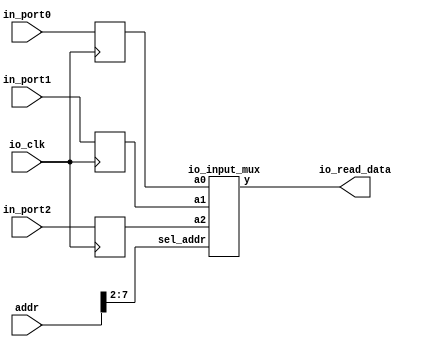
// copied from single cycle computer
module io_input_reg (addr,io_clk,io_read_data,in_port0,in_port1, in_port2);
    input [31:0] addr;
    input io_clk;
    input [31:0] in_port0,in_port1,in_port2;
    output [31:0] io_read_data;
    reg [31:0] in_reg0, in_reg1, in_reg2;
    io_input_mux io_imput_mux3x32(in_reg0,in_reg1,in_reg2,addr[7:2],io_read_data);

    always @(posedge io_clk)
        begin
            in_reg0 <= in_port0; //  io_clk 
            in_reg1 <= in_port1; //  io_clk 
            in_reg2 <= in_port2;
            // more ports
        end
endmodule

module io_input_mux(a0,a1,a2,sel_addr,y);
    input [31:0] a0,a1,a2;
    input [ 5:0] sel_addr;
    output [31:0] y;
    reg [31:0] y;
    always @ *
        case (sel_addr)
            6'b110000: y = a0;
            6'b110001: y = a1;
            6'b110010: y = a2;
        // more ports
    endcase
endmodule